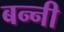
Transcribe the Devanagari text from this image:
बन्‍नी